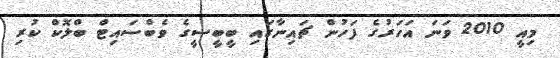
މިއީ 2010 ވަނަ އަހަރުގެ ފަހުން ޗައިނާގައި ބީބީސީގެ ވެބްސައިޓް ބްލޮކް ކުރި